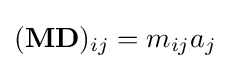
(\mathbf {MD} )_{ij}=m_{ij}a_{j}